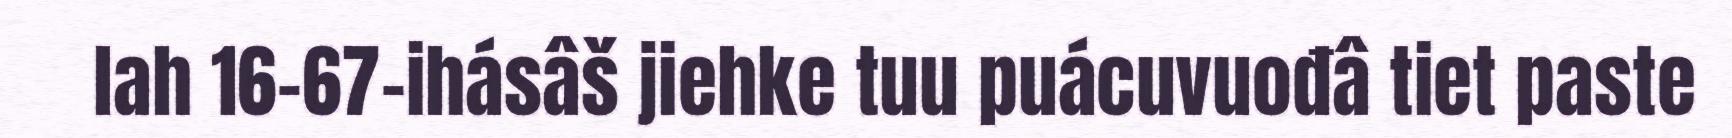
lah 16–67-ihásâš jiehke tuu puácuvuođâ tiet paste